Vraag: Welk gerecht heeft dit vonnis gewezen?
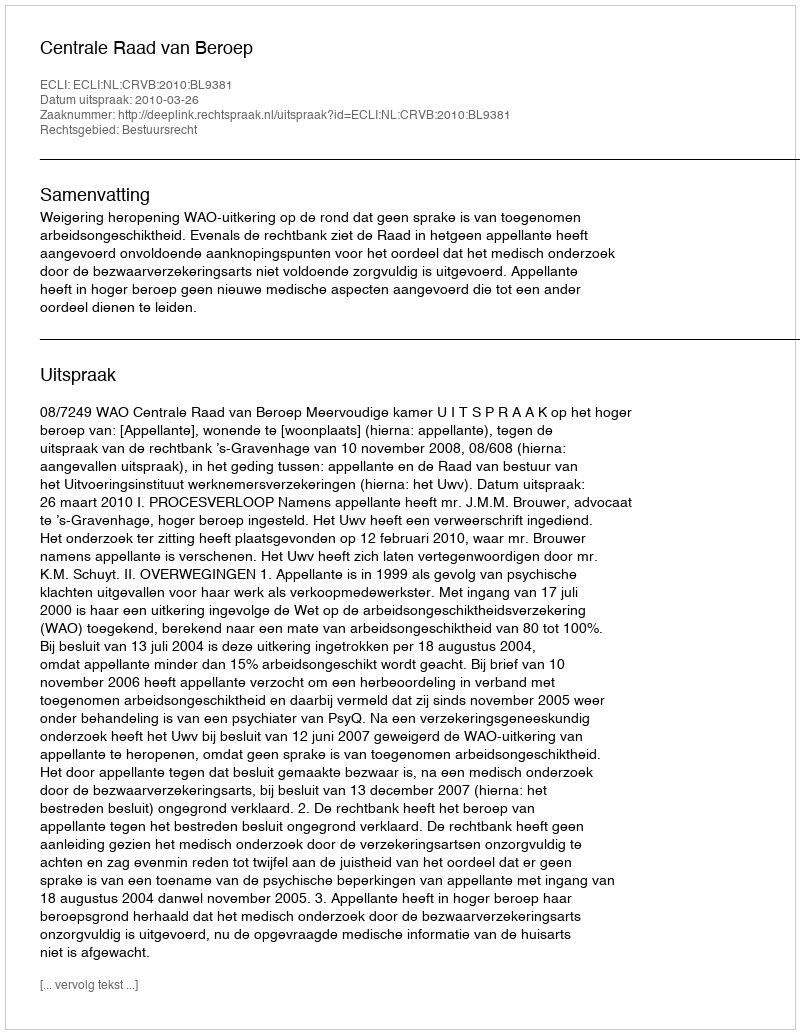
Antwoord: Centrale Raad van Beroep